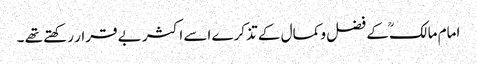
امام مالکؒ کے فضل و کمال کے تذکرے اسے اکثر بے قرار رکھتے تھے ۔